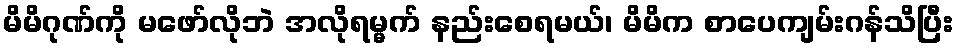
မိမိဂုဏ်ကို မဖော်လိုဘဲ အလိုရမ္မက် နည်းစေရမယ်၊ မိမိက စာပေကျမ်းဂန်သိပြီး